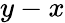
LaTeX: y-x